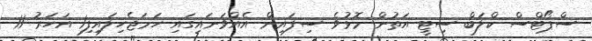
ސްޕޯޓްސް ކްލަބް ސިޓީ އަތުން މޮޅުވެ ސިފައިން އެއްވަނައިގައި ހަމަޖެހިލައިފި1 އަހަރު 11